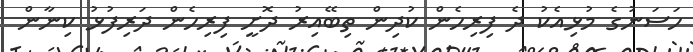
ހަސަނުގެ މުޅިއެކު ދެ ފިރިހެން ކުދިން ތިބޭއިރު ދޮށީ ފިރިހެން ދަރިފުޅު ކިނާން